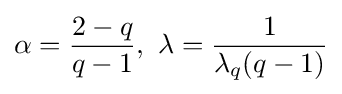
\alpha ={{2-q} \over {q-1}},~\lambda ={1 \over \lambda _{q}(q-1)}